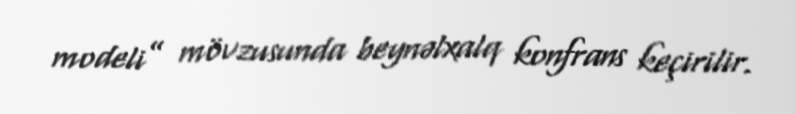
modeli” mövzusunda beynəlxalq konfrans keçirilir.